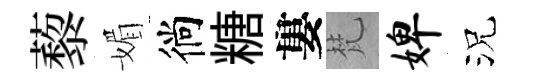
藜媚徜糖婁梵婢況